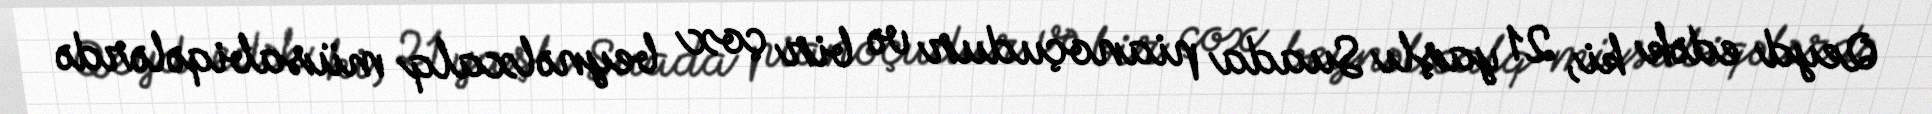
Qeyd edək ki, 21 yaşlı Suada pianoçudur və bir çox beynəlxalq müsabiqələrdə